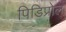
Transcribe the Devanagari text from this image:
पिडिप्रोल